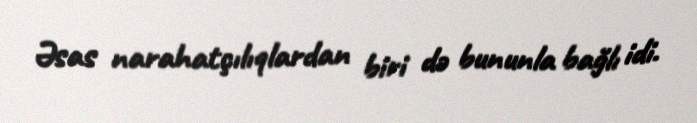
Əsas narahatçılıqlardan biri də bununla bağlı idi.